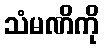
သံမဏိကို